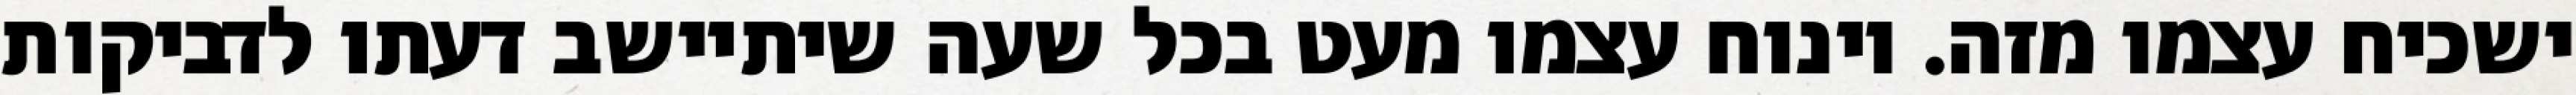
ישכיח עצמו מזה. וינוח עצמו מעט בכל שעה שיתיישב דעתו לדביקות